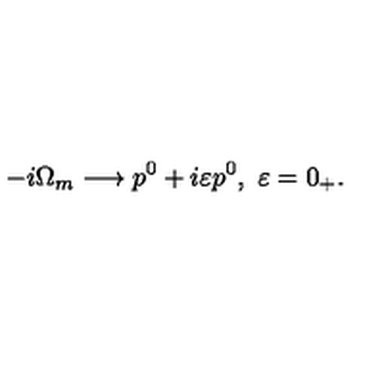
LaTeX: - i \Omega _ { m } \longrightarrow p ^ { 0 } + i \varepsilon p ^ { 0 } , \ \varepsilon = 0 _ { + } .